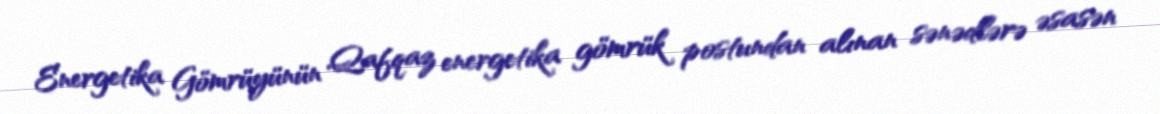
Energetika Gömrüyünün Qafqaz energetika gömrük postundan alınan sənədlərə əsasən